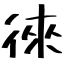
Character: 徠